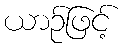
ယာဉ်ဖြင့်